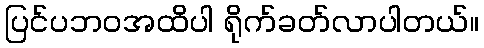
ပြင်ပဘဝအထိပါ ရိုက်ခတ်လာပါတယ်။